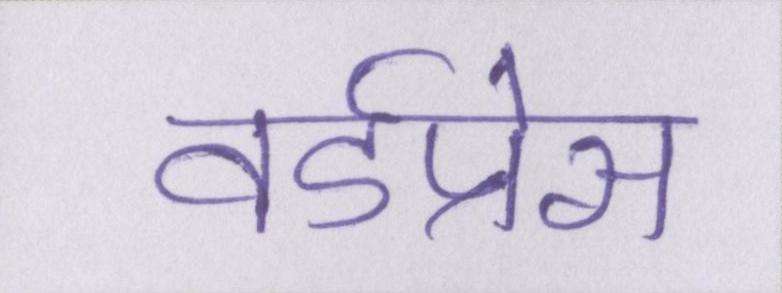
वर्डप्रेस